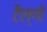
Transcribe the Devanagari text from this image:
टैल्गो